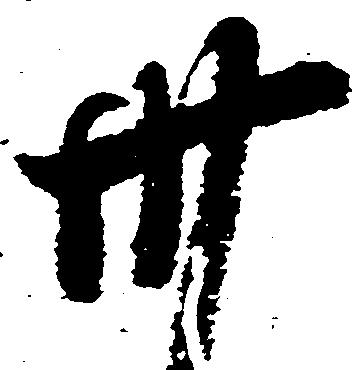
卅